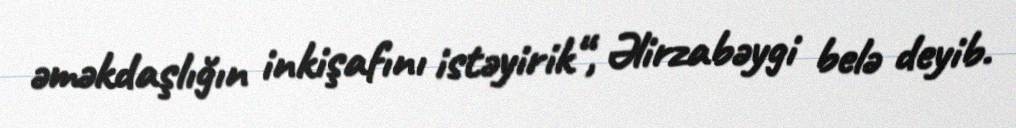
əməkdaşlığın inkişafını istəyirik“, Əlirzabəygi belə deyib.